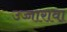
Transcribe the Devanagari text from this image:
उच्चारावा़